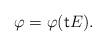
LaTeX: \begin{align*} \varphi = \varphi(\mathsf{t}E).\end{align*}